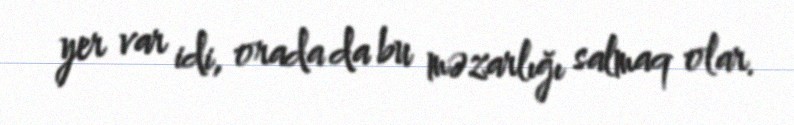
yer var idi, orada da bu məzarlığı salmaq olar.